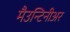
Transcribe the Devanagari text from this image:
मैउन्टिनीअर